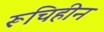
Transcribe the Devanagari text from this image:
रूचिहीन